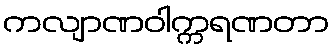
ကလျာဏဝါက္ကရဏတာ